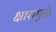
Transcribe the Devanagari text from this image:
क्षारामुळे